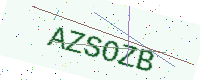
Text: AZSOZB